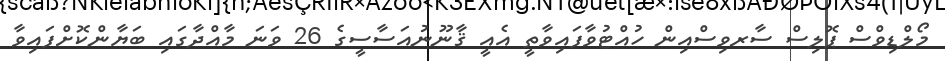
މޯލްޑިވްސް ޕޮލިސް ސާރވިސްއިން ހުއްޓުވާފައިވާތީ އެއީ ޤާނޫނުއަސާސީގެ 26 ވަނަ މާއްދާގައި ބަޔާންކޮށްފައިވާ